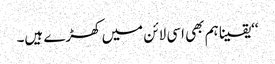
‘‘یقینا ہم بھی اسی لائن میں کھڑے ہیں۔